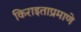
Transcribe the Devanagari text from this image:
किराइताप्रमाणे